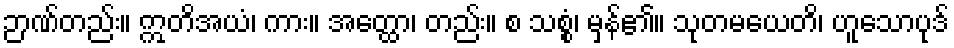
ဉာဏ်တည်း။ ဣတိအယံ၊ ကား။ အတ္ထော၊ တည်း။ စ သစ္စံ၊ မှန်၏။ သုတမယေတိ၊ ဟူသောပုဒ်